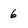
Character: 6